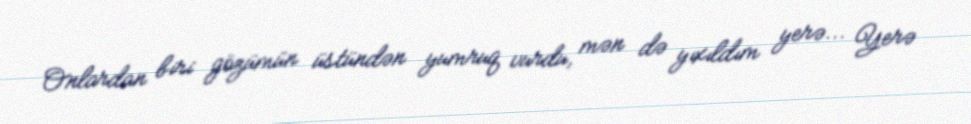
Onlardan biri gözümün üstündən yumruq vurdu, mən də yıxıldım yerə... Yerə